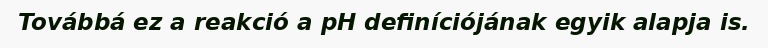
Továbbá ez a reakció a pH definíciójának egyik alapja is.